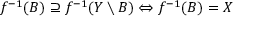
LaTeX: f ^ { - 1 } ( B ) \supseteq f ^ { - 1 } ( Y \setminus B ) \Leftrightarrow f ^ { - 1 } ( B ) = X